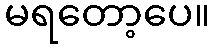
မရတော့ပေ။